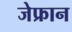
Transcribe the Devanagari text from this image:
जेफ्रान